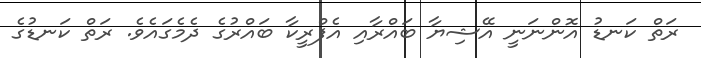
ރަތް ކަނޑު އޮންނަނީ އޭޝިޔާ ބައްރާއި އެފްރީކާ ބައްރުގެ ދެމެގައެވެ. ރަތް ކަނޑުގެ